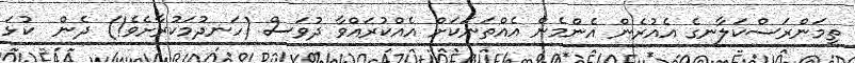
ތިމަންރަސްކަލާނގެ އެއުރެން އެންމެން އެއްތަނަކަށް އެއްކުރައްވާ ދުވަސް (ހަނދުމަކުރާށެވެ!) ދެން  ކުޅަ